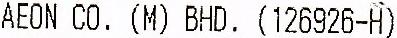
AEON CO. (M) BHD. (126926-H)